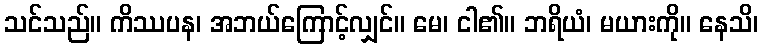
သင်သည်။ ကိဿပန၊ အဘယ်ကြောင့်လျှင်။ မေ၊ ငါ၏။ ဘရိယံ၊ မယားကို။ နေသိ၊